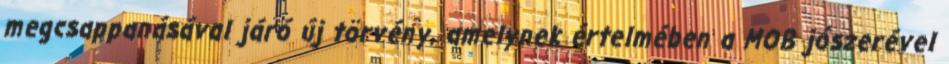
megcsappanásával járó új törvény, amelynek értelmében a MOB jószerével